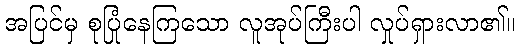
အပြင်မှ စုပြုံနေကြသော လူအုပ်ကြီးပါ လှုပ်ရှားလာ၏။